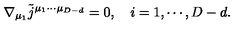
\nabla _ { \mu _ { 1 } } \tilde { j } ^ { \mu _ { 1 } \cdots \mu _ { D - d } } = 0 , \quad i = 1 , \cdots , D - d .